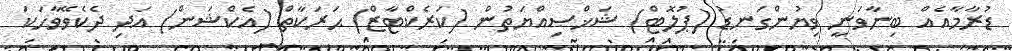
ޑުރާމާއެއް ބިނާވަނީ ވިޔުންގަނޑު (ޕުލޮޓް) ޝަޚްޞިއްޔަތުން (ކަރެކްޓާޒް) ޙަރަކާތް (އެކްޝަން) އަދި ދެކެވޭވާހަކަ